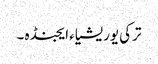
ترکی یوریشیاء ایجنڈہ ۔